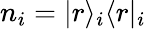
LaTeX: n_{i}=|r\rangle_{i}\langle r|_{i}